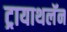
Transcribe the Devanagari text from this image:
ट्रायाथलॅन